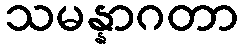
သမန္နာဂတာ